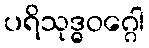
ပရိသုဒ္ဓဝဂ္ဂေါ